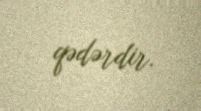
qədərdir.